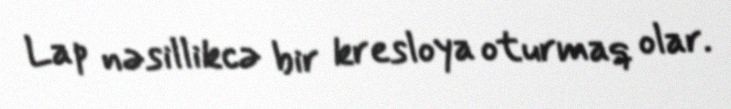
Lap nəsillikcə bir kresloya oturmaq olar.